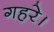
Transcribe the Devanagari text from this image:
गहरे।